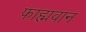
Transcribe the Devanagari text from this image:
फाह्मवान